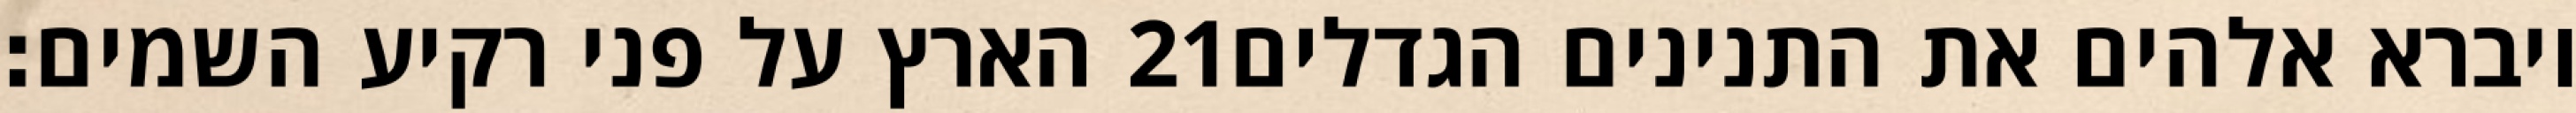
הארץ על פני רקיע השמים׃ ‎21‏ ויברא אלהים את התנינים הגדלים